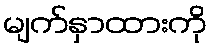
မျက်နှာထားကို